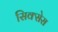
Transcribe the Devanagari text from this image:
सिक्सेस